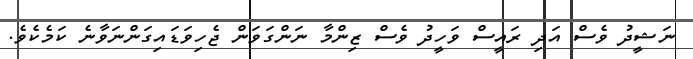
ނަޝީދު ވެސް އަދި ރައީސް ވަހީދު ވެސް ޒިންމާ ނަންގަވަން ޖެހިވަޑައިގަންނަވާނެ ކަމެކެވެ.